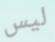
ليس